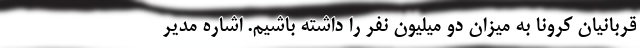
قربانیان کرونا به میزان دو میلیون نفر را داشته باشیم. اشاره مدیر